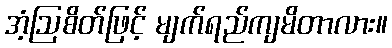
အံ့ဩစိတ်ဖြင့် မျက်ရည်ကျမိတာလား။